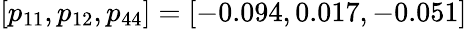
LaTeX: [p_{11},p_{12},p_{44}]=[-0.094,0.017,-0.051]